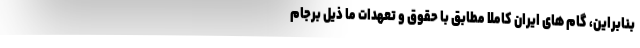
بنابراین، گام های ایران کاملاً مطابق با حقوق و تعهدات ما ذیل برجام